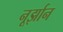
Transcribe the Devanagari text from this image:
नूर्झान